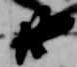
廿